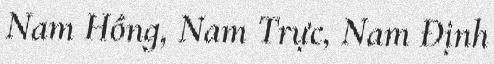
Nam Hồng, Nam Trực, Nam Định